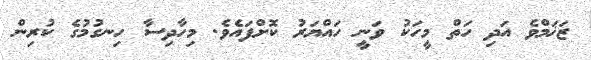
ޒަޚަމްވެ އަދި ހަތް މީހަކު ވަނީ ހައްޔަރު ކޮށްފައެވެ. މިހާދިސާ ހިނގުމުގެ ކުރިން